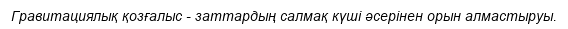
Гравитациялық қозғалыс - заттардың салмақ күші әсерінен орын алмастыруы.